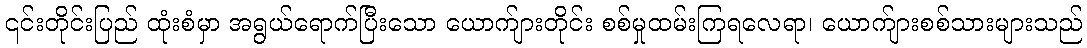
၎င်းတိုင်းပြည် ထုံးစံမှာ အရွယ်ရောက်ပြီးသော ယောက်ျားတိုင်း စစ်မှုထမ်းကြရလေရာ၊ ယောက်ျားစစ်သားများသည်